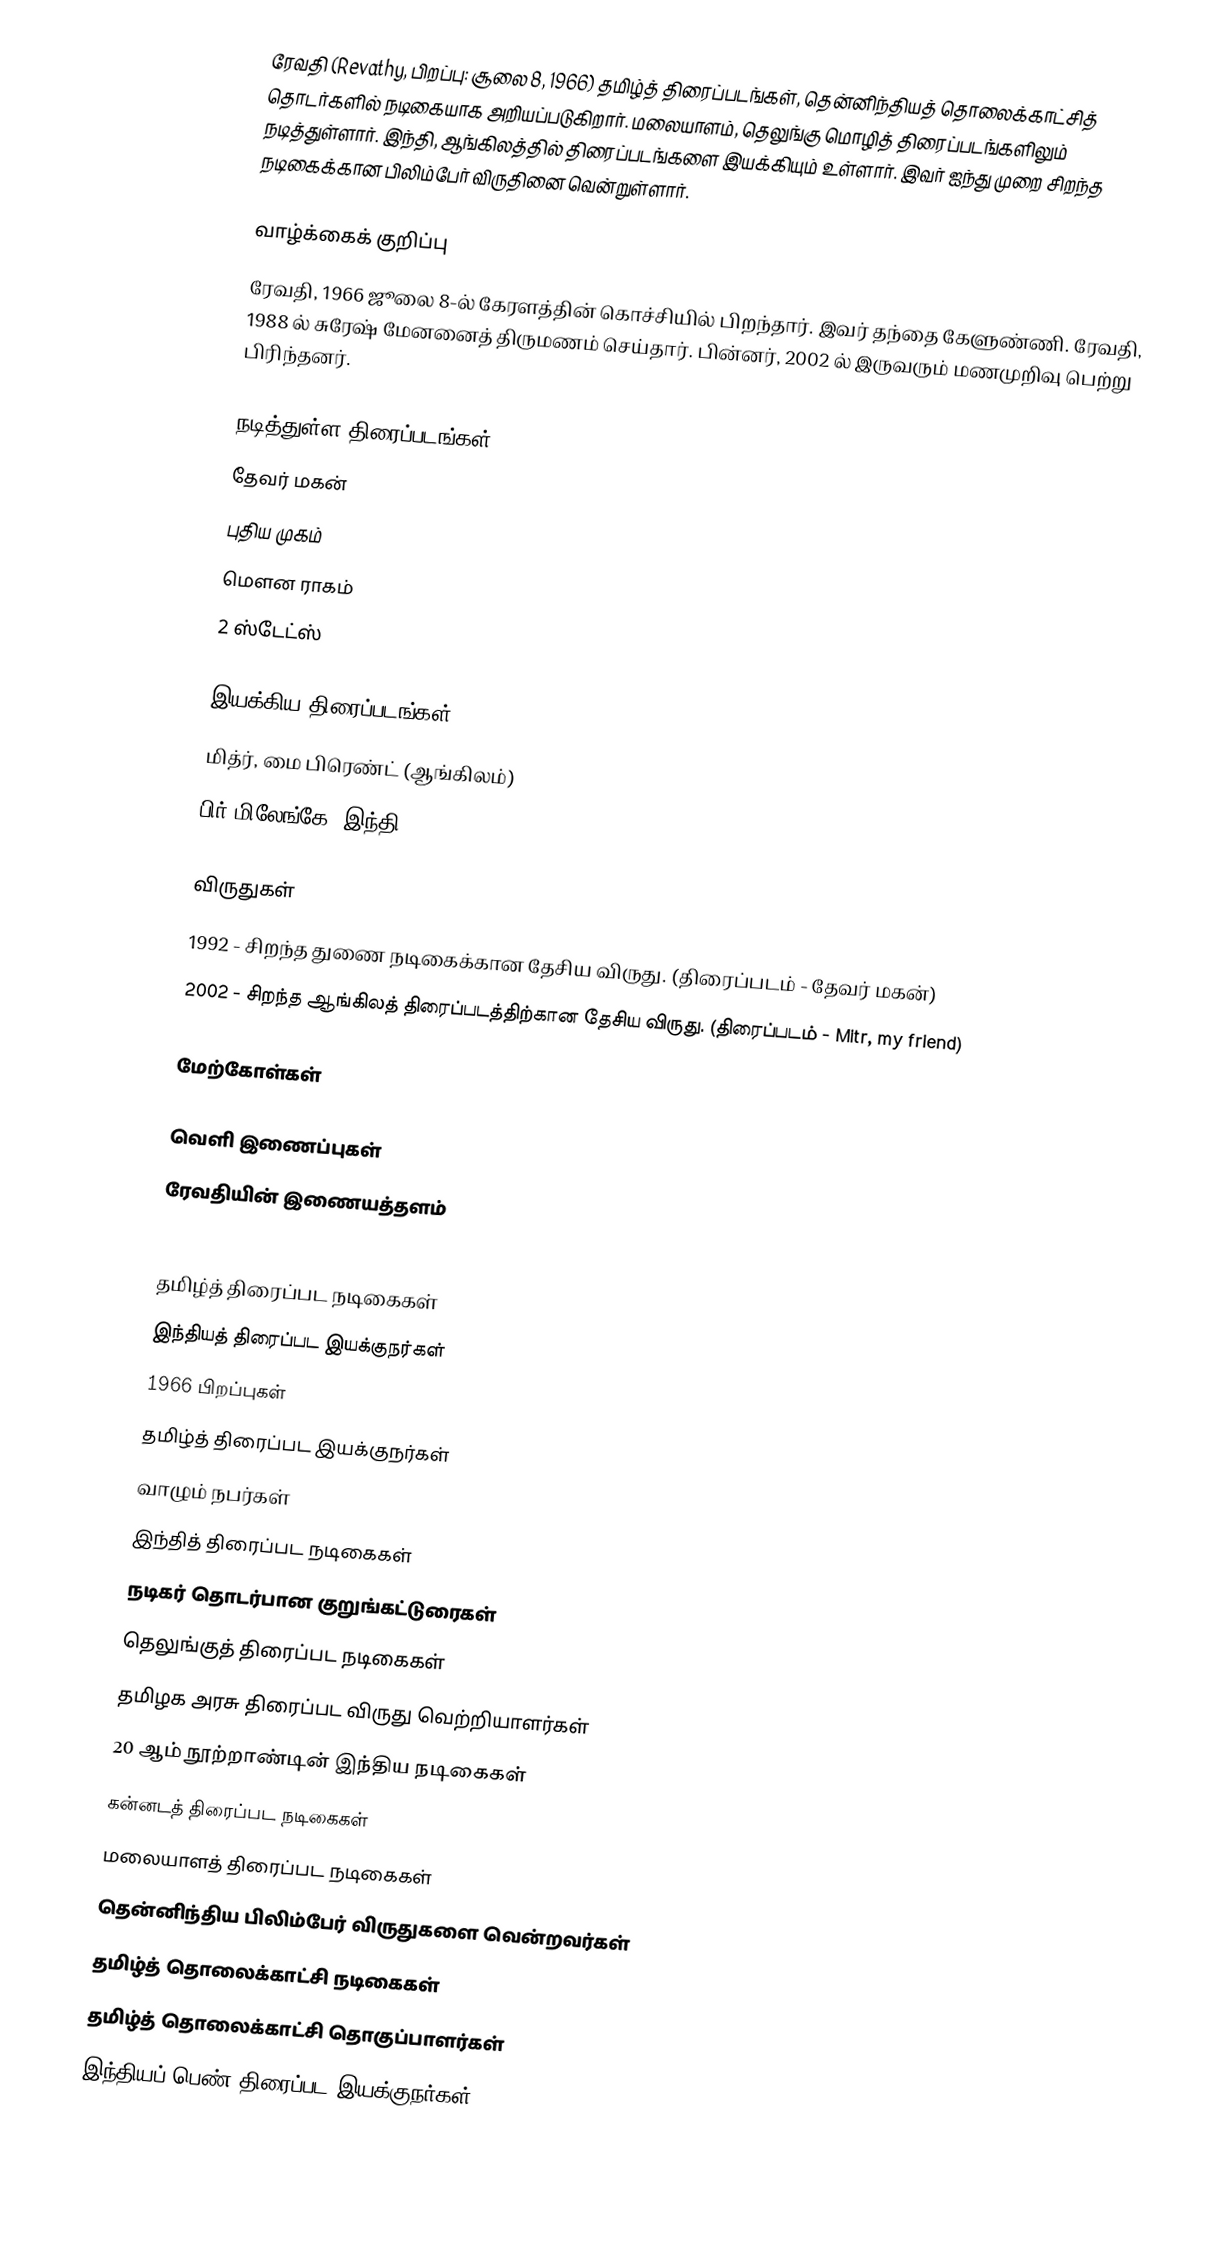
ரேவதி (Revathy, பிறப்பு: சூலை 8, 1966) தமிழ்த் திரைப்படங்கள், தென்னிந்தியத் தொலைக்காட்சித் தொடர்களில் நடிகையாக அறியப்படுகிறார். மலையாளம், தெலுங்கு மொழித் திரைப்படங்களிலும் நடித்துள்ளார். இந்தி, ஆங்கிலத்தில் திரைப்படங்களை இயக்கியும் உள்ளார். இவர் ஐந்து முறை சிறந்த நடிகைக்கான பிலிம்பேர் விருதினை வென்றுள்ளார்.

வாழ்க்கைக் குறிப்பு
ரேவதி, 1966 ஜூலை 8-ல் கேரளத்தின் கொச்சியில் பிறந்தார். இவர் தந்தை கேளுண்ணி. ரேவதி, 1988 ல் சுரேஷ் மேனனைத் திருமணம் செய்தார். பின்னர், 2002 ல் இருவரும் மணமுறிவு பெற்று பிரிந்தனர்.

நடித்துள்ள திரைப்படங்கள்
 தேவர் மகன்
 புதிய முகம்
 மௌன ராகம்
 2 ஸ்டேட்ஸ்

இயக்கிய திரைப்படங்கள்
 மித்ர், மை பிரெண்ட் (ஆங்கிலம்)
 பிர் மிலேங்கே (இந்தி)

விருதுகள்
 1992 - சிறந்த துணை நடிகைக்கான தேசிய விருது. (திரைப்படம் - தேவர் மகன்)
 2002 - சிறந்த ஆங்கிலத் திரைப்படத்திற்கான தேசிய விருது. (திரைப்படம் - Mitr, my friend)

மேற்கோள்கள்

வெளி இணைப்புகள்
 ரேவதியின் இணையத்தளம்

தமிழ்த் திரைப்பட நடிகைகள்
இந்தியத் திரைப்பட இயக்குநர்கள்
1966 பிறப்புகள்
தமிழ்த் திரைப்பட இயக்குநர்கள்
வாழும் நபர்கள்
இந்தித் திரைப்பட நடிகைகள்
நடிகர் தொடர்பான குறுங்கட்டுரைகள்
தெலுங்குத் திரைப்பட நடிகைகள்
தமிழக அரசு திரைப்பட விருது வெற்றியாளர்கள்
20 ஆம் நூற்றாண்டின் இந்திய நடிகைகள்
கன்னடத் திரைப்பட நடிகைகள்
மலையாளத் திரைப்பட நடிகைகள்
தென்னிந்திய பிலிம்பேர் விருதுகளை வென்றவர்கள்
தமிழ்த் தொலைக்காட்சி நடிகைகள்
தமிழ்த் தொலைக்காட்சி தொகுப்பாளர்கள்
இந்தியப் பெண் திரைப்பட இயக்குநர்கள்